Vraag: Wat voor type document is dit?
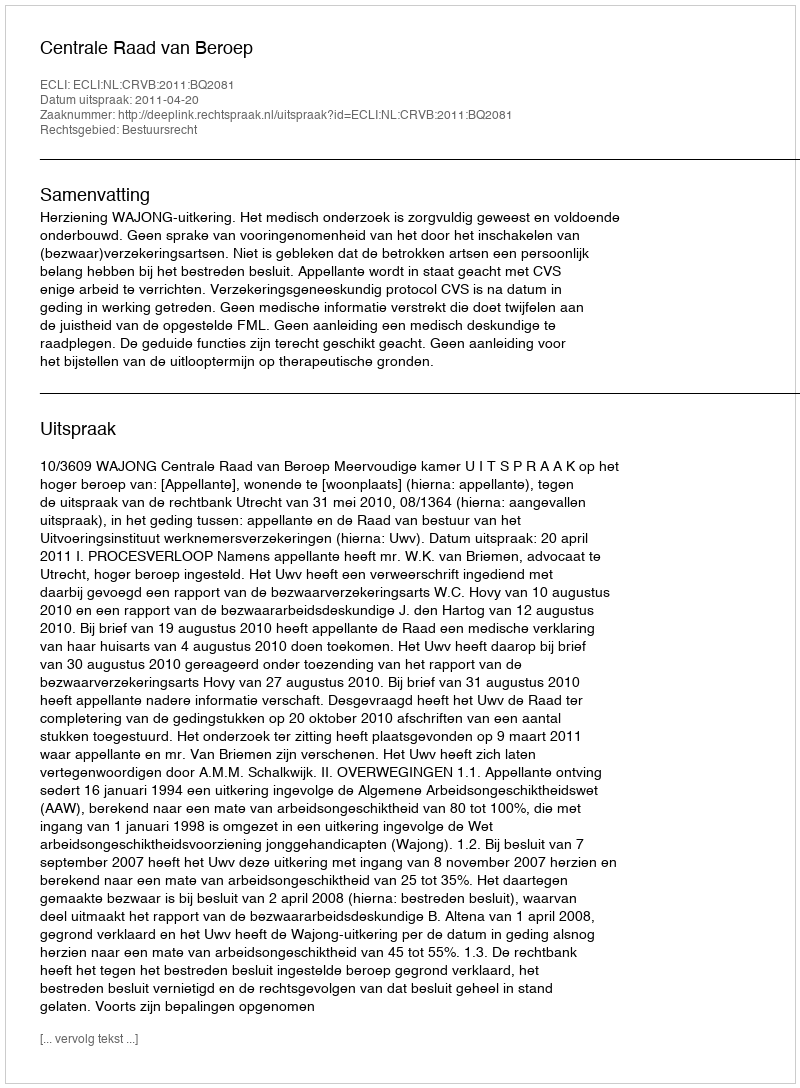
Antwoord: Uitspraak